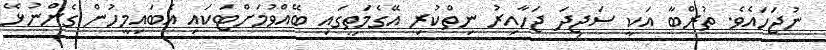
ނުޖަހައެވެ. ތުރްބާ އަކީ ސަޖިދަ ޖަހާއިރު ނިތްކުރި އޭގެމަތީގައި ބޭއްވުމަށްޓަކައި އެބައިމީހުން ގެންނުޅޭ